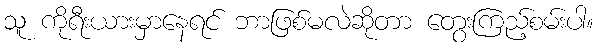
သူ ကိုရီးယားမှာနေရင် ဘာဖြစ်မလဲဆိုတာ တွေးကြည့်စမ်းပါ။